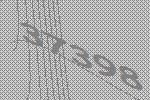
37398